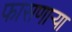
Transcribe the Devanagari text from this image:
फासणार्‍या